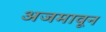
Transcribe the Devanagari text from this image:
अजमावून